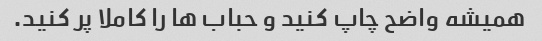
همیشه واضح چاپ کنید و حباب ها را کاملا پر کنید.